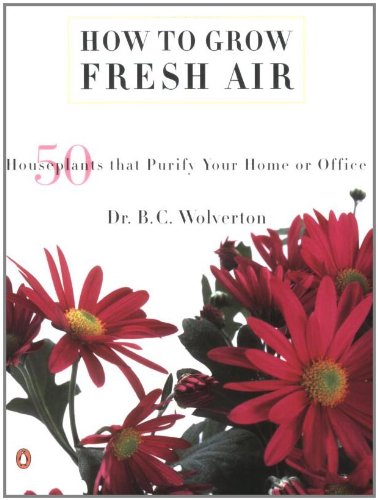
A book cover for How to Grow Fresh Air: 50 House Plants that Purify Your Home or Office; B. C. Wolverton; Crafts, Hobbies & Home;